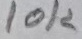
Text: 10K